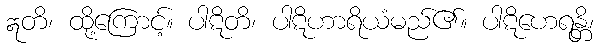
ဣတိ၊ ထို့ကြောင့်။ ပါဋိတိ၊ ပါဋိဟာရိယံမည်၏။ ပါဋိဟေရန္တိ၊